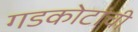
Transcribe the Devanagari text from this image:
गडकोटांची